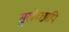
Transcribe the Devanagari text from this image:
सुखेच्छापि